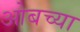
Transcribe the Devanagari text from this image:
ओबच्या